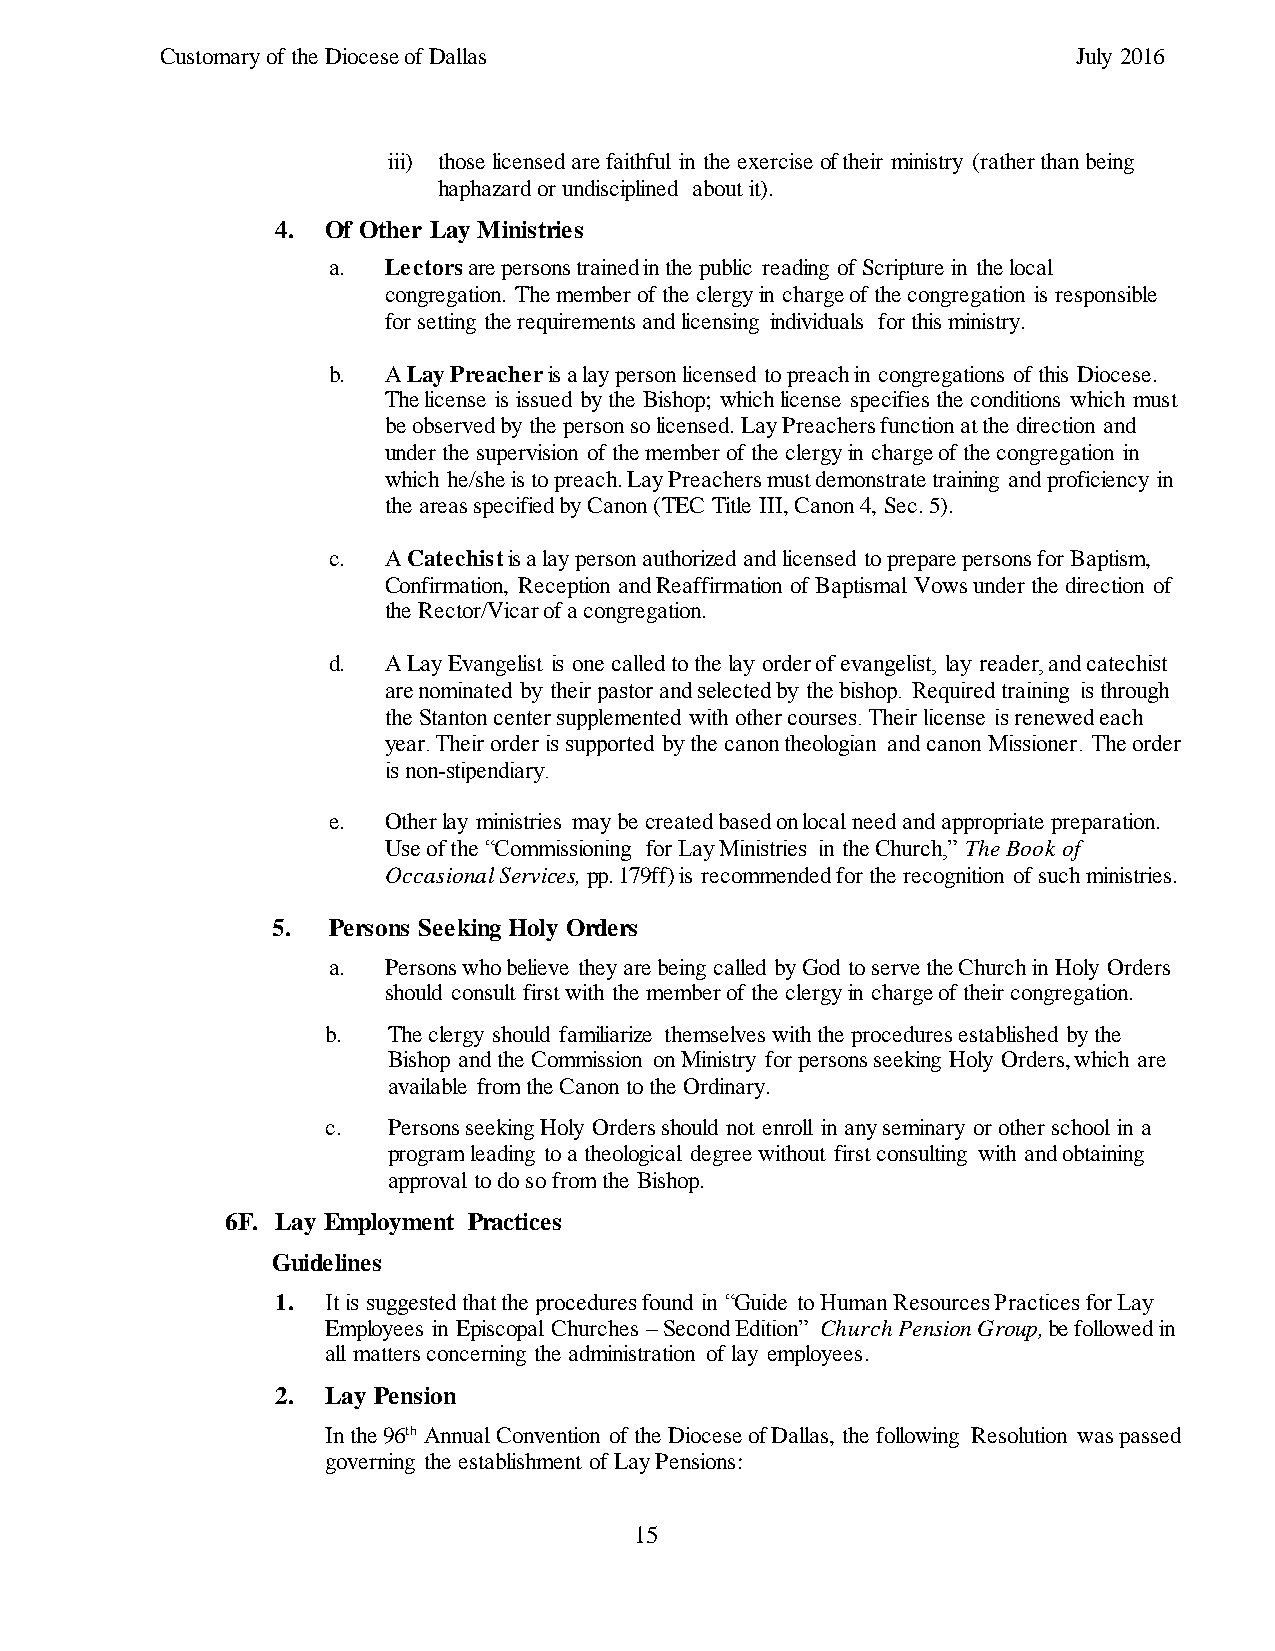
Customary of the Diocese of Dallas                          July 2016
 iii) those licensed are faithful in the exercise of their ministry (rather than being
 haphazard or undisciplined about it).
 4.  Of Other Lay Ministries
 a. Lectors are persons trained in the public reading of Scripture in the local
 congregation. The member of the clergy in charge of the congregation is responsible
 for setting the requirements and licensing individuals for this ministry.
 b. A Lay Preacher is a lay person licensed to preach in congregations of this Diocese.
 The license is issued by the Bishop; which license specifies the conditions which must
 be observed by the person so licensed. Lay Preachers function at the direction and
 under the supervision of the member of the clergy in charge of the congregation in
 which he/she is to preach. Lay Preachers must demonstrate training and proficiency in
 the areas specified by Canon (TEC Title III, Canon 4, Sec. 5).
 c. A Catechist is a lay person authorized and licensed to prepare persons for Baptism,
 Confirmation, Reception and Reaffirmation of Baptismal Vows under the direction of
 the Rector/Vicar of a congregation.
 d. A Lay Evangelist is one called to the lay order of evangelist, lay reader, and catechist
 are nominated by their pastor and selected by the bishop. Required training is through
 the Stanton center supplemented with other courses. Their license is renewed each
 year. Their order is supported by the canon theologian and canon Missioner. The order
 is non-stipendiary.
 e. Other lay ministries may be created based on local need and appropriate preparation.
 Use of the “Commissioning for Lay Ministries in the Church,” The Book of
 Occasional Services, pp. 179ff) is recommended for the recognition of such ministries.
 5.  Persons Seeking Holy Orders
 a. Persons who believe they are being called by God to serve the Church in Holy Orders
 should consult first with the member of the clergy in charge of their congregation.
 b.  The clergy should familiarize themselves with the procedures established by the
 Bishop and the Commission on Ministry for persons seeking Holy Orders, which are
 available from the Canon to the Ordinary.
 c.  Persons seeking Holy Orders should not enroll in any seminary or other school in a
 program leading to a theological degree without first consulting with and obtaining
 approval to do so from the Bishop.
 6F. Lay Employment Practices
 Guidelines
 1.  It is suggested that the procedures found in “Guide to Human Resources Practices for Lay
 Employees in Episcopal Churches – Second Edition” Church Pension Group, be followed in
 all matters concerning the administration of lay employees.
 2.  Lay Pension
 In the 96th Annual Convention of the Diocese of Dallas, the following Resolution was passed
 governing the establishment of Lay Pensions:
 15